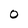
Character: O